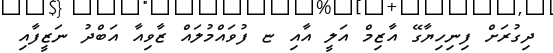
ދިގުރަށް ފިނިހިޔާގޭ އާޒިމް އަލީ އާއި ޏ ފުވައްމުލައް ޒާވިއާ އަބްދު ނަޒީފާއި